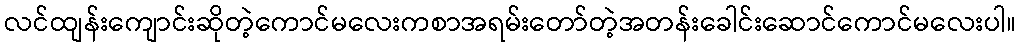
လင်ထျန်းကျောင်းဆိုတဲ့ကောင်မလေးကစာအရမ်းတော်တဲ့အတန်းခေါင်းဆောင်ကောင်မလေးပါ။